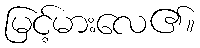
မြင့်မားလေ၏။